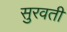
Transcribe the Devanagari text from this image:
सुरवती